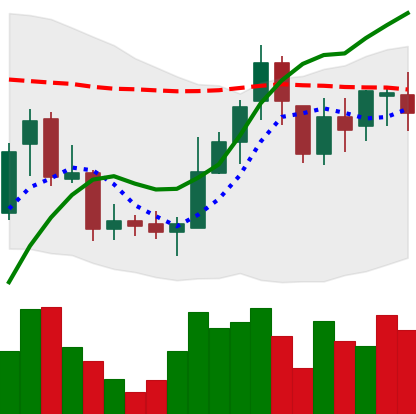
Ticker: BNB-USD
Chart end date: 2018-08-04
Forward return: -7.111%
Label: down_7plus